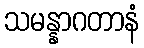
သမန္နာဂတာနံ